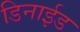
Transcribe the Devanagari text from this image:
डिनाईड